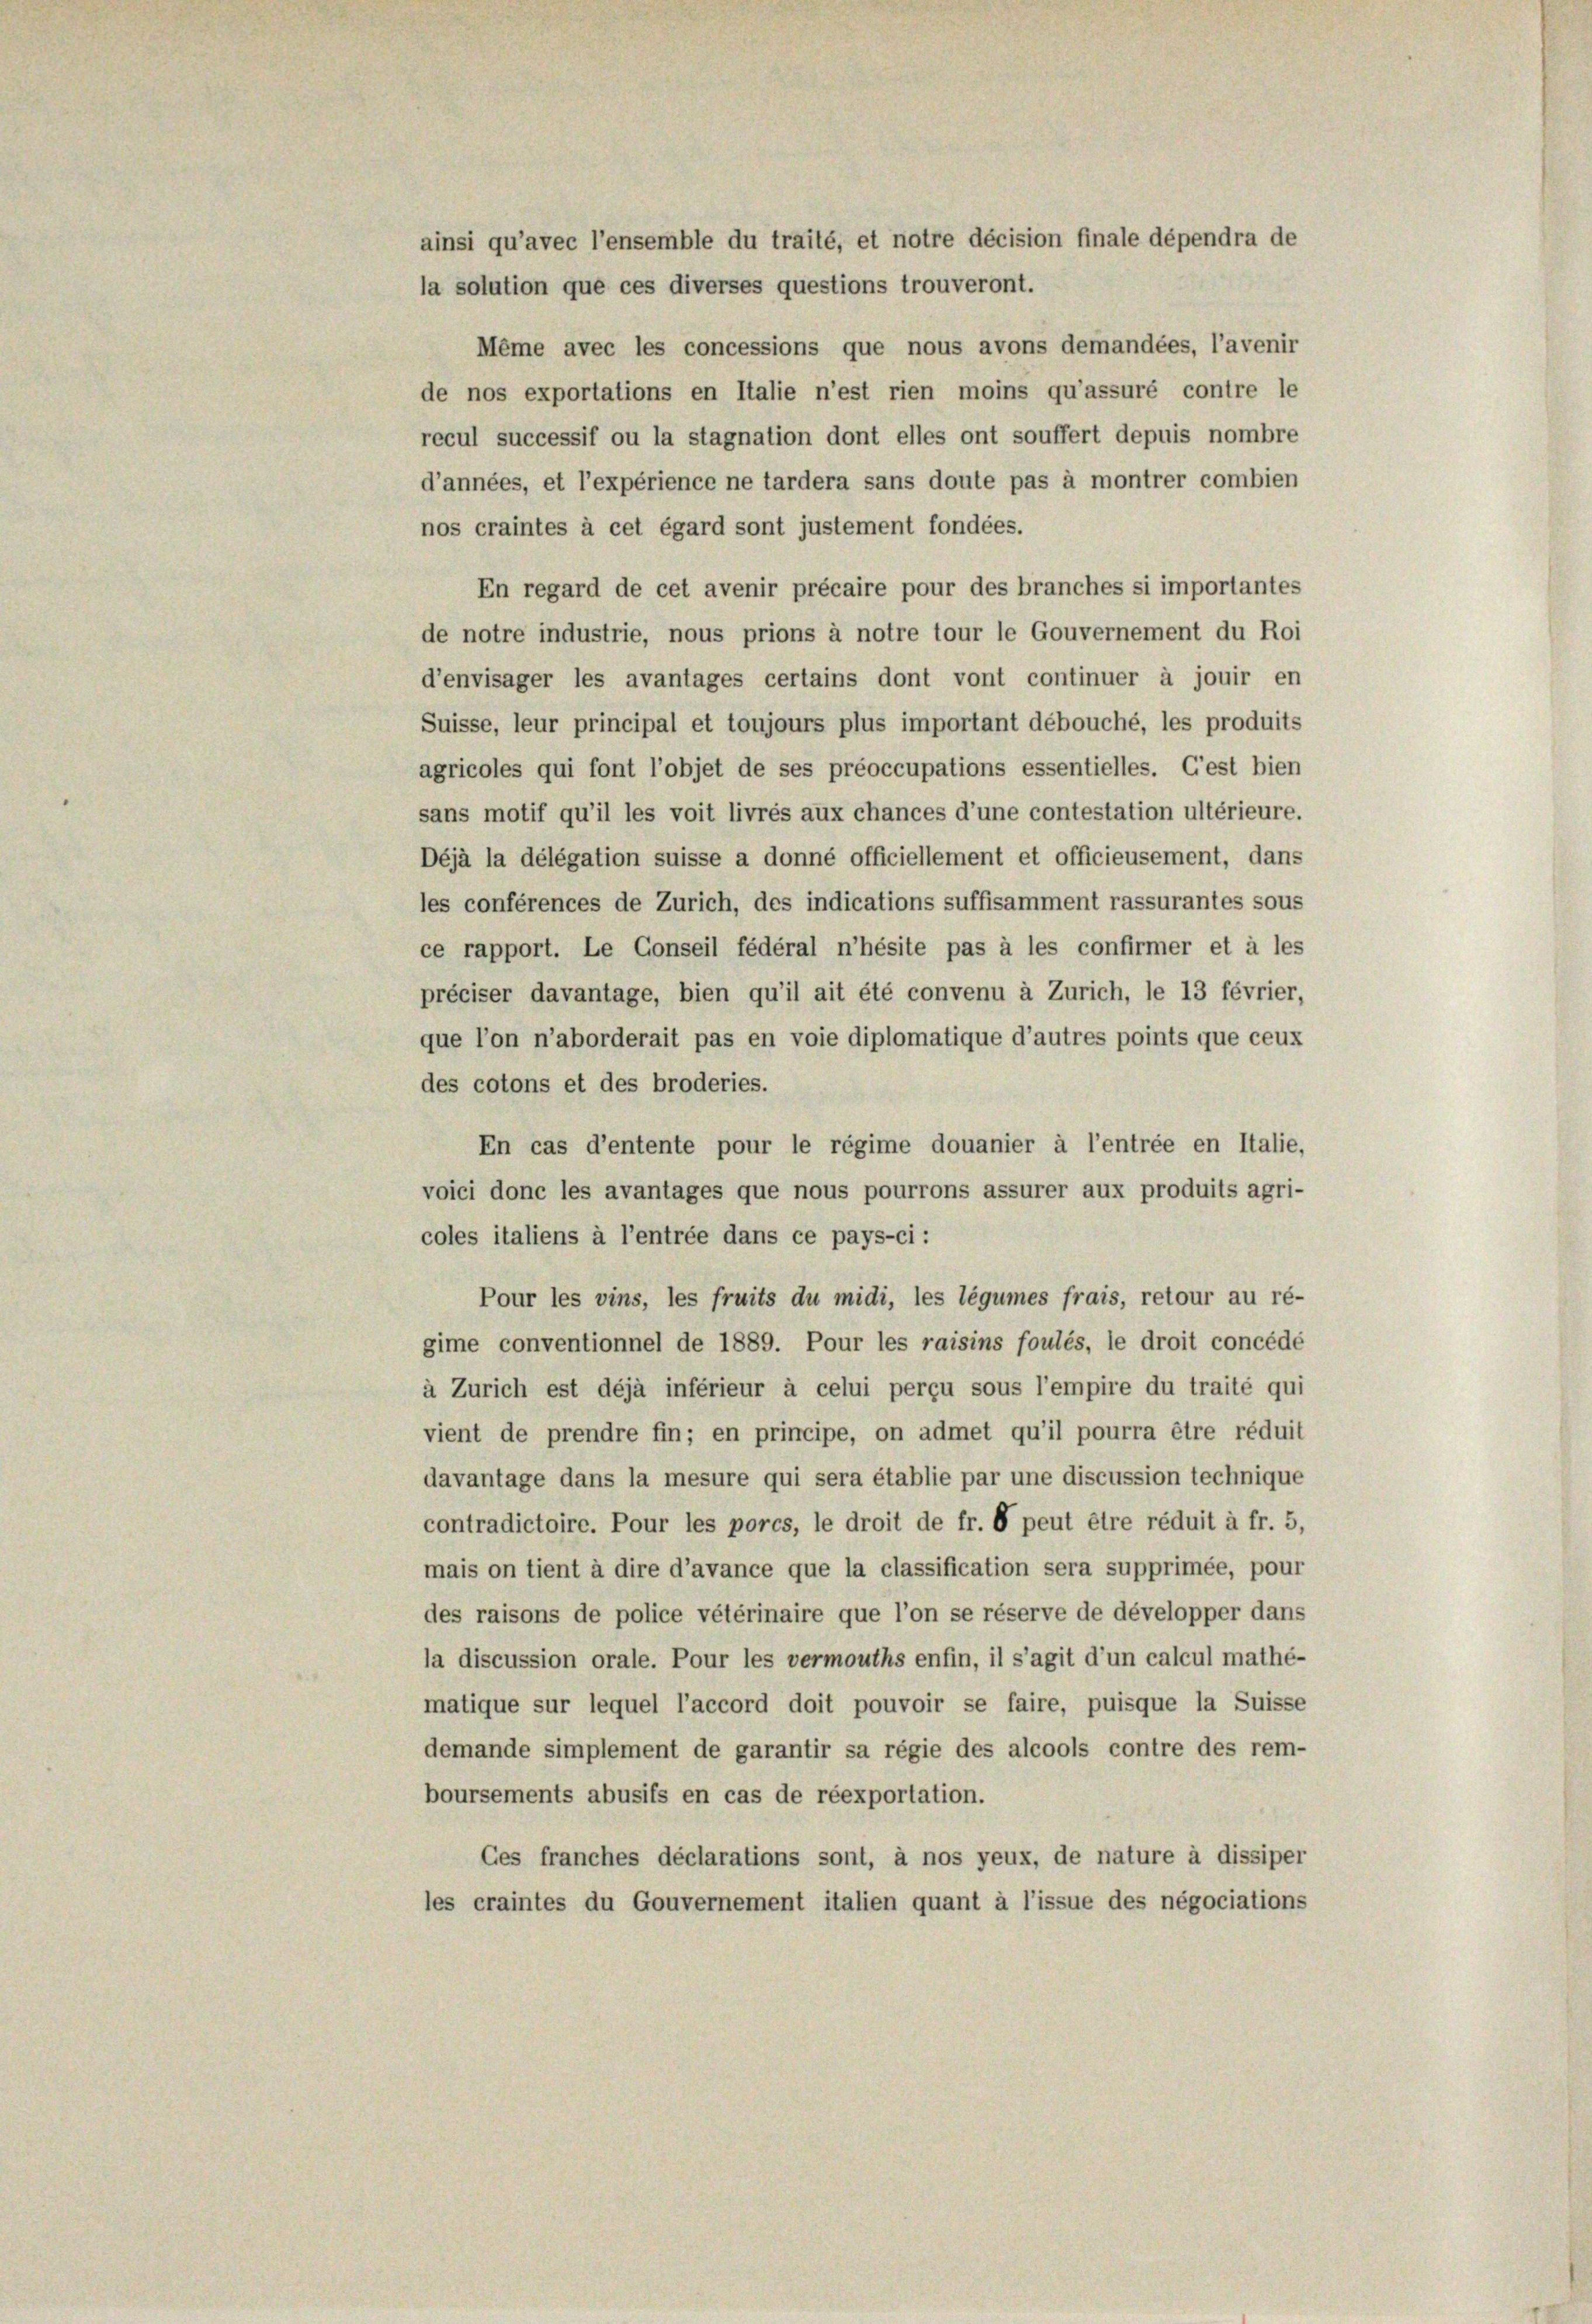
ainsi qu’avec l’ensemble du trailé, et notre décision finale dépendra de
la solution que ces diverses questions trouveront.
Même avec les concessions que nous avons demandées, l’avenir
de nos exportations en Italie n’est rien moins qu’assuré contre le
recul successif ou la stagnation dont elles ont souffert depuis nombre
d’années, et l’expérience ne tardera sans doute pas à montrer combien
nos craintes à cet égard sont justement fondées.
En regard de cet avenir précaire pour des branches si importantes
de notre industrie, nous prions à notre tour le Gouvernement du Roi
d’envisager les avantages certains dont vont continuer à jouir en
Suisse, leur principal et toujours plus important débouché, les produits
agricoles qui font l’objet de ses préoccupations essentielles. Gest bien
sans motif qu’il les voit livrés aux chances d’une contestation ultérieure.
Déjà la délégation suisse a donné officiellement et officieusement, dans
les conférences de Zürich, des indications suffisamment rassurantes sous
ce rapport. Le Conseil fédéral n’hésite pas à les confirmer et à les
préciser davantage, bien qu’il ait été convenu à Zürich, le 13 février,
que l’on n’aborderait pas en voie diplomatique d’autres points que ceux
des cotons et des broderies.
En cas d’entente pour le régime douanier à l’entrée en Italie,
voici donc les avantages que nous pourrons assurer aux produits agri-
coles italiens à l’entrée dans ce pays-ci :
Pour les vins, les fruits du midi, les légumes frais, retour au ré-
gime conventionnel de 1889. Pour les raisins foulés, le droit concédé
à Zürich est déjà inférieur à celui perçu sous l’empire du traité qui
vient de prendre fin; en principe, on admet qu’il pourra être réduit
davantage dans la mesure qui sera établie par une discussion technique
contradictoire. Pour les porcs, le droit de fr. 6 peut être réduit à fr. 5,
mais on tient à dire d’avance que la classification sera supprimée, pour
des raisons de police vétérinaire que l’on se réserve de développer dans
la discussion orale. Pour les vermouths enfin, il s’agit d’un calcul mathé-
matique sur lequel l’accord doit pouvoir se faire, puisque la Suisse
demande simplement de garantir sa régie des alcools contre des rem-
boursements abusifs en cas de réexportation.
Ces franches déclarations sont, à nos yeux, de nature à dissiper
les craintes du Gouvernement italien quant à l’issue des négociations